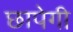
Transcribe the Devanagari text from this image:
छापेगी